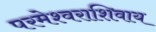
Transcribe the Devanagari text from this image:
परमेश्वराशिवाय